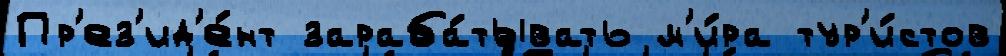
Пр'ез'ид'е́нт зараба́тывать м'и́ра тур'и́стов